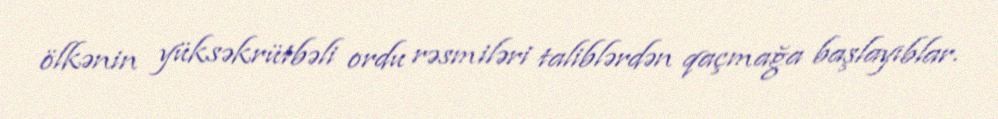
ölkənin yüksəkrütbəli ordu rəsmiləri taliblərdən qaçmağa başlayıblar.